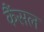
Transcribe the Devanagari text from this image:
कैंसल